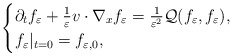
\begin{align*}\begin{cases}\partial_tf_\varepsilon+\frac{1}{\varepsilon} v\cdot\nabla_{x}f_\varepsilon=\frac{1}{\varepsilon^2}\mathcal{Q}(f_\varepsilon, f_\varepsilon),\\f_\varepsilon|_{t=0}=f_{\varepsilon, 0},\end{cases}\end{align*}